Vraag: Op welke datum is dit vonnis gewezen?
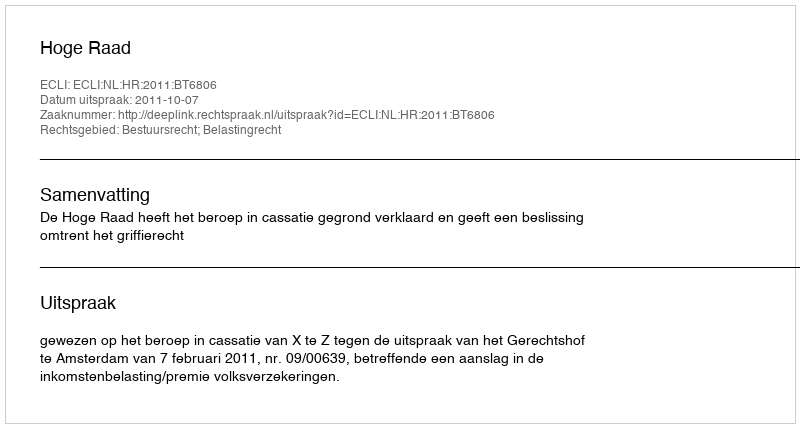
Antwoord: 2011-10-07